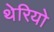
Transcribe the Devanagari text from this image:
थेरियो